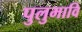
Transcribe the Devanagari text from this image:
पुलुमावि